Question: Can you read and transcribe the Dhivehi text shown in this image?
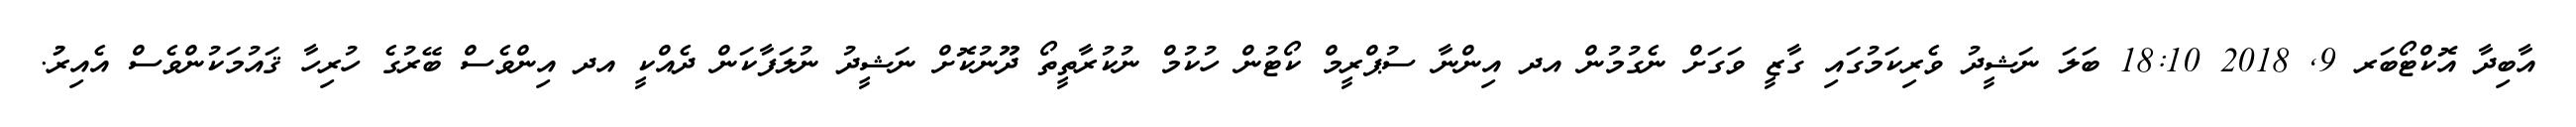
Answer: އާބިދާ އޮކްޓޯބަރ 9, 2018 18:10 ބަލަ ނަޝީދު ވެރިކަމުގައި ގާޒީ ވަގަށް ނެގުމުން އދ އިންނާ ސުޕްރީމް ކޯޓުން ހުކުމް ނުކުރާތީތޯ ދޫނުކޮށް ނަޝީދު ނުލަފާކަން ދެއްކީ އދ އިންވެސް ބޭރުގެ ހުރިހާ ޤައުމަކުންވެސް އެއިރުު.